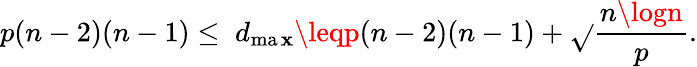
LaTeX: p(n-2)(n-1)\leq\; d_{\operatorname*{ma\mathbf{x}}}\leqp(n-2)(n-1)+\sqrt{}{{\frac{{n\logn}}{{p}}}}.